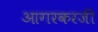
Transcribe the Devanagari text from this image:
आगरकरजी